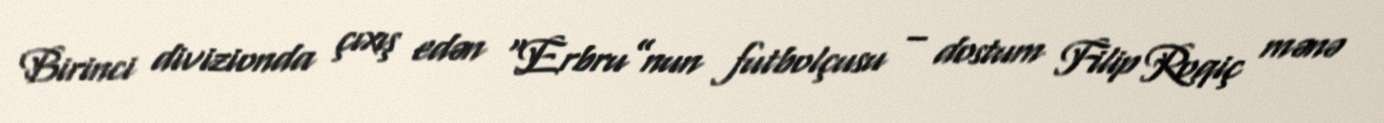
Birinci divizionda çıxış edən “Erbru”nun futbolçusu – dostum Filip Roqiç mənə